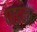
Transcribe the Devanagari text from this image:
पाड़ना